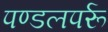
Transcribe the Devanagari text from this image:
पण्डलपर्रू